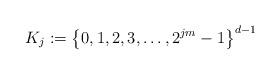
LaTeX: \begin{align*} K_j := \left\{0,1,2,3,\dots,2^{jm}-1\right\}^{d-1}\end{align*}